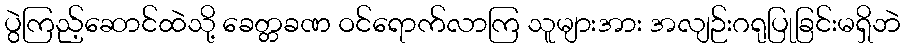
ပွဲကြည့်ဆောင်ထဲသို့ ခေတ္တခဏ ဝင်ရောက်လာကြ သူများအား အလျဉ်းဂရုပြုခြင်းမရှိဘဲ